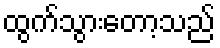
ထွက်သွားတော့သည်